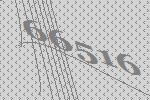
66516